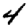
Digit: 4